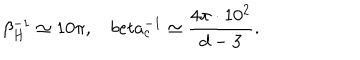
LaTeX: \beta _ { H } ^ { - 1 } \simeq 1 0 \pi , \ \ \ \, b e t a _ { c } ^ { - 1 } \simeq \frac { 4 \pi \cdot 1 0 ^ { 2 } } { d - 3 } .